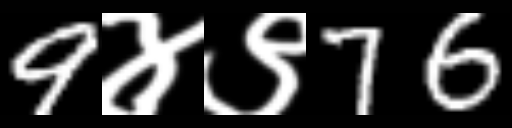
Text: 9४९76